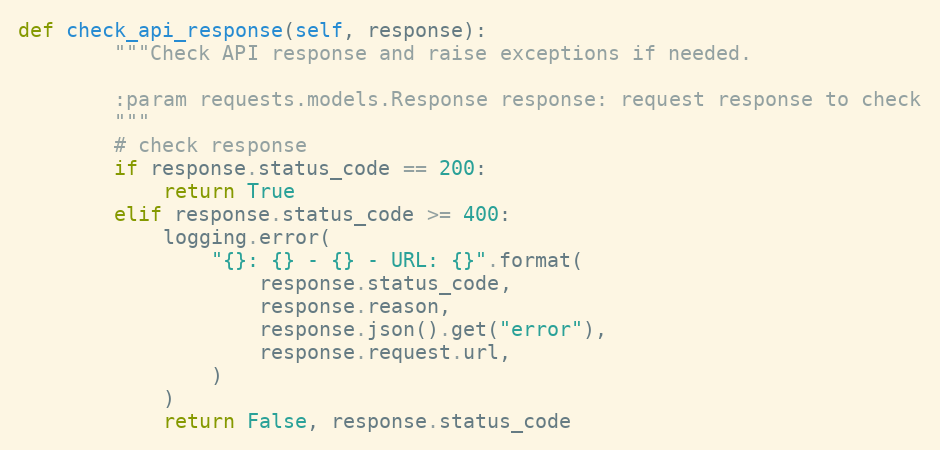
Language: Python
def check_api_response(self, response):
        """Check API response and raise exceptions if needed.

        :param requests.models.Response response: request response to check
        """
        # check response
        if response.status_code == 200:
            return True
        elif response.status_code >= 400:
            logging.error(
                "{}: {} - {} - URL: {}".format(
                    response.status_code,
                    response.reason,
                    response.json().get("error"),
                    response.request.url,
                )
            )
            return False, response.status_code